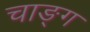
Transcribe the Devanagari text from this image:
चाङ्ग